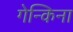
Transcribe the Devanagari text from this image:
गेन्किना